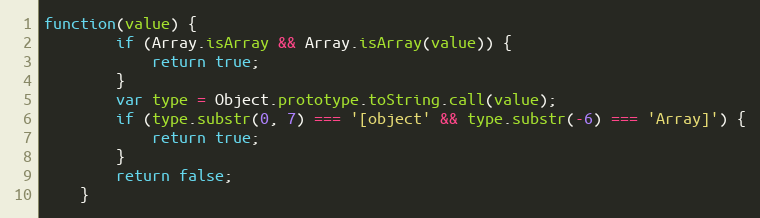
Language: JavaScript
function(value) {
		if (Array.isArray && Array.isArray(value)) {
			return true;
		}
		var type = Object.prototype.toString.call(value);
		if (type.substr(0, 7) === '[object' && type.substr(-6) === 'Array]') {
			return true;
		}
		return false;
	}